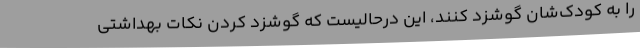
را به کودک‌شان گوشزد کنند، این درحالیست که گوشزد کردن نکات بهداشتی